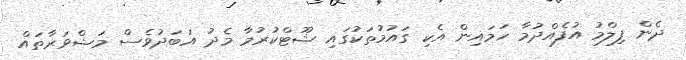
ދެން ފިލްމު އުފެއްދުމާ ހަމައިން އެކި ގައުމުތަކުގައި ޝޫޓްކުރުމާ މެދު އަބަދުވެސް މަޝްވަރާތައް